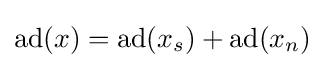
\operatorname {ad} (x)=\operatorname {ad} (x_{s})+\operatorname {ad} (x_{n})